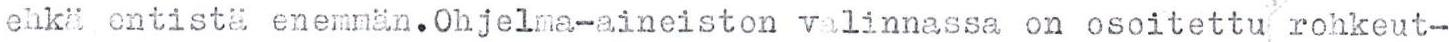
ehkä entistä enemmän.Ohjelma-aineiston valinnassa on osoitettu rohkeut-